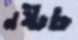
নষ্টচ